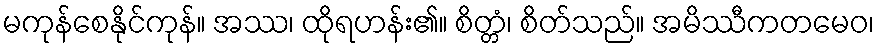
မကုန်စေနိုင်ကုန်။ အဿ၊ ထိုရဟန်း၏။ စိတ္တံ၊ စိတ်သည်။ အမိဿီကတမေဝ၊